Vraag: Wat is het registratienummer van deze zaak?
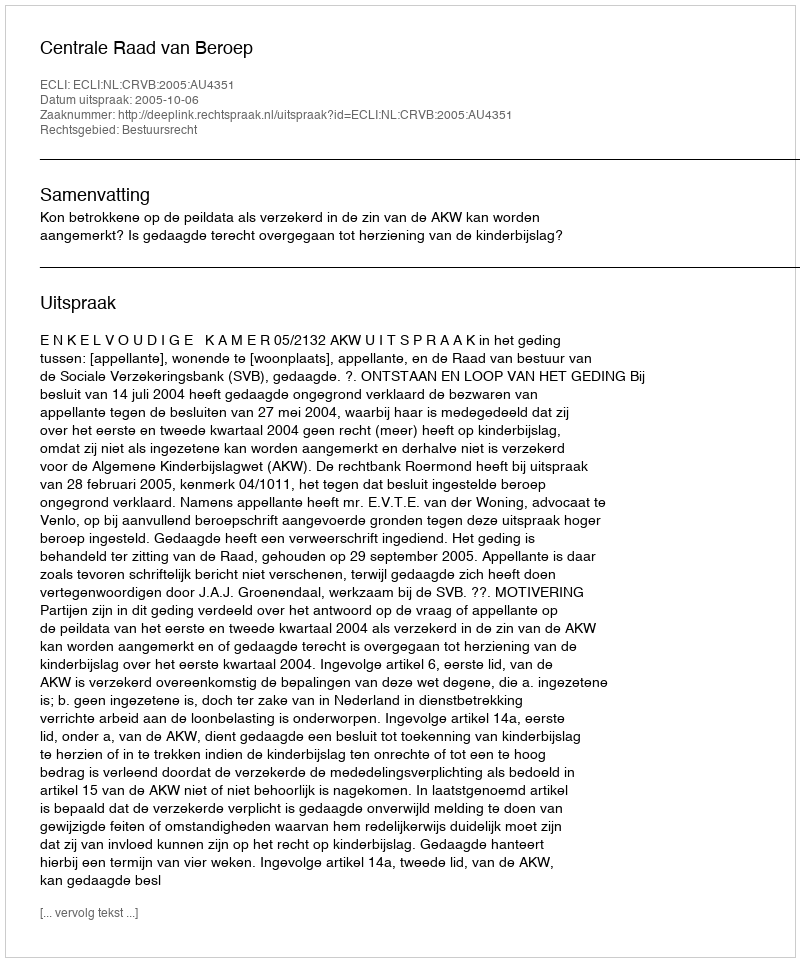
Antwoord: http://deeplink.rechtspraak.nl/uitspraak?id=ECLI:NL:CRVB:2005:AU4351